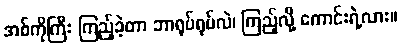
အစ်ကိုကြီး ကြည့်ခဲ့တာ ဘာရုပ်ရုပ်လဲ၊ ကြည့်လို့ ကောင်းရဲ့လား။